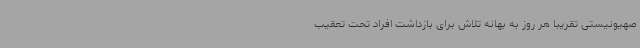
صهیونیستی تقریبا هر روز به بهانه تلاش برای بازداشت افراد تحت تعقیب